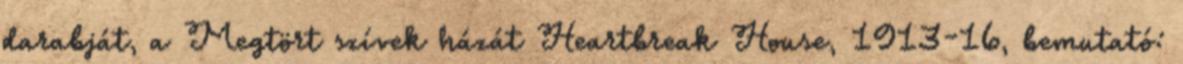
darabját, a Megtört szívek házát Heartbreak House, 1913-16, bemutató: